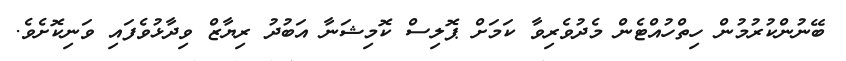
ބޭނުންކުރުމުން ހިތްހުއްޓެން މެދުވެރިވާ ކަމަށް ޕޮލިސް ކޮމިޝަނާ އަބުދު ރިޔާޒް ވިދާޅުވެފައި ވަނިކޮށެވެ.